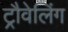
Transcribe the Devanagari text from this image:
ट्रौवेलिंग